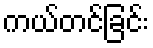
ကယ်တင်ခြင်း